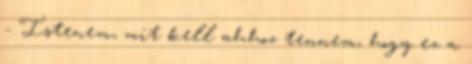
- Istenem, mit kell ahhoz tennem, hogy ez a